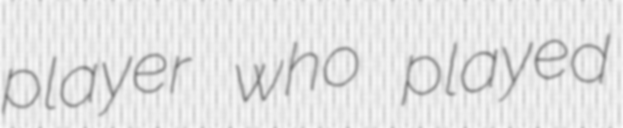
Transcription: player who played